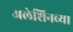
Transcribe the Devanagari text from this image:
अलेशिनच्या